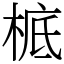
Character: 㭽